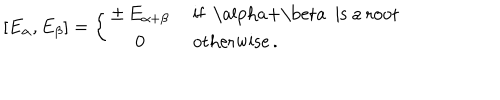
LaTeX: [ E _ { \alpha } , E _ { \beta } ] = \left\{ \begin{array} { c l } { { \pm \, E _ { \alpha + \beta } } } & { { \mathrm { ~ i f ~ \ a l p h a + \ b e t a ~ i s ~ a ~ r o o t } } } \\ { { 0 } } & { { \mathrm { ~ o t h e r w i s e } \, . } } \\ \end{array} \right.